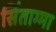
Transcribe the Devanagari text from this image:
सिंताग्मा